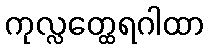
ကုလ္လတ္ထေရဂါထာ